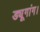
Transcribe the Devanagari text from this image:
ड्यूगांग।